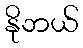
နိုဘယ်